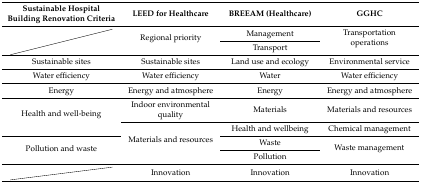
<table><thead><tr><td><b>Sustainable Hospital Building Renovation Criteria</b></td><td><b>LEED for Healthcare</b></td><td><b>BREEAM (Healthcare)</b></td><td><b>GGHC</b></td></tr></thead><tbody><tr><td rowspan="2"></td><td rowspan="2">Regional priority</td><td>Management</td><td rowspan="2">Transportation operations</td></tr><tr><td>Transport</td></tr><tr><td>Sustainable sites</td><td>Sustainable sites</td><td>Land use and ecology</td><td>Environmental service</td></tr><tr><td>Water efficiency</td><td>Water efficiency</td><td>Water</td><td>Water efficiency</td></tr><tr><td>Energy</td><td>Energy and atmosphere</td><td>Energy</td><td>Energy and atmosphere</td></tr><tr><td rowspan="2">Health and well-being</td><td>Indoor environmental quality</td><td>Materials</td><td>Materials and resources</td></tr><tr><td rowspan="3">Materials and resources</td><td>Health and wellbeing</td><td>Chemical management</td></tr><tr><td rowspan="2">Pollution and waste</td><td>Waste</td><td rowspan="2">Waste management</td></tr><tr><td>Pollution</td></tr><tr><td></td><td>Innovation</td><td>Innovation</td><td>Innovation</td></tr></tbody></table>